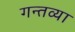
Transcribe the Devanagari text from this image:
गन्तव्या